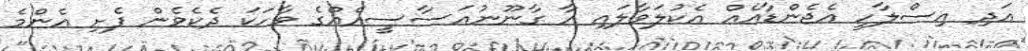
އަދި އިސްލާހީ އެޖެންޑާއެއް އެކުލަވާލައި އާ ގާނޫނުއަސާސީއެއްގެ ވާހަކަ ދެކެވެން ފެށި އެންމެ